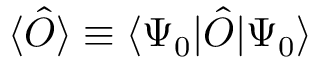
\langle \hat { O } \rangle \equiv \langle \Psi _ { 0 } | \hat { O } | \Psi _ { 0 } \rangle